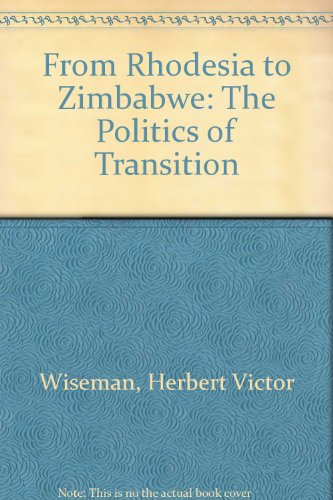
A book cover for From Rhodesia to Zimbabwe; Henry Wiseman; Travel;